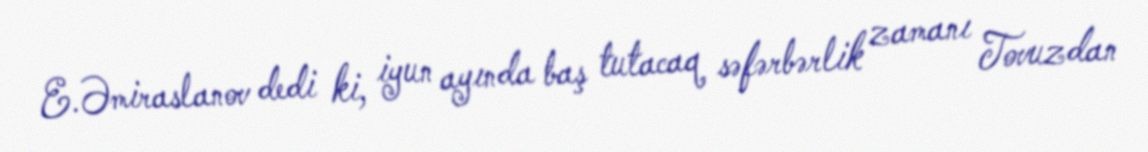
E.Əmiraslanov dedi ki, iyun ayında baş tutacaq səfərbərlik zamanı Tovuzdan